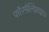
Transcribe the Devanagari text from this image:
फॉरमैल्डिहाइड।